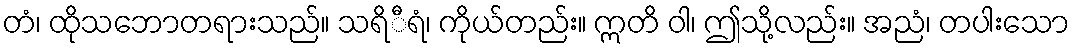
တံ၊ ထိုသဘောတရားသည်။ သရိီရံ၊ ကိုယ်တည်း။ ဣတိ ဝါ၊ ဤသို့လည်း။ အညံ၊ တပါးသော